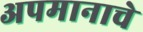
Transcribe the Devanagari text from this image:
अपमानाचे